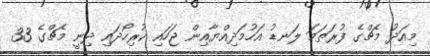
މިއަދު މެޗްގެ ފުރަތަމަ ލަނޑު އަހުމަދިއްޔާއިން ޖަހައި ކުރިހޯދައި ދިނީ މެޗްގެ 33